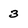
Character: 3